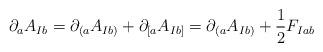
LaTeX: \begin{align*}\partial_{a}A_{Ib} = \partial_{(a} A_{Ib)} + \partial_{[a} A_{Ib]} = \partial_{(a} A_{Ib)} + \frac{1}{2} F_{Iab}\end{align*}